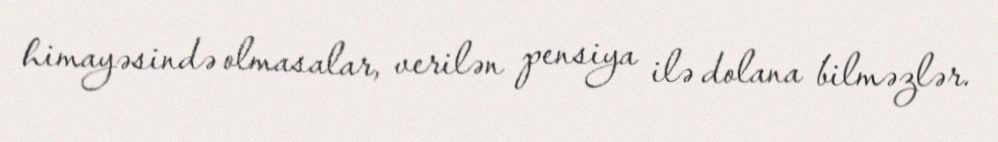
himayəsində olmasalar, verilən pensiya ilə dolana bilməzlər.